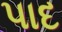
પાદ